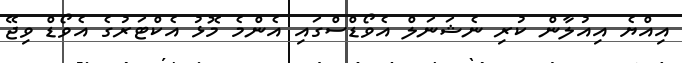
އިއްޔެ އިއުލާން ކުރި ނެޝަނަލް އެވޯޑްސްގައި އެންމެ މޮޅު އެކްޓަރުގެ އެވޯޑް ވިޖޭ